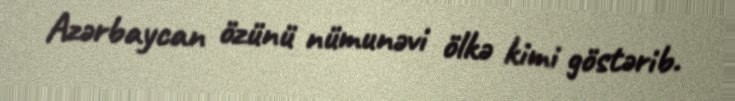
Azərbaycan özünü nümunəvi ölkə kimi göstərib.